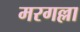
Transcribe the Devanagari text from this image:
मरगल्ला